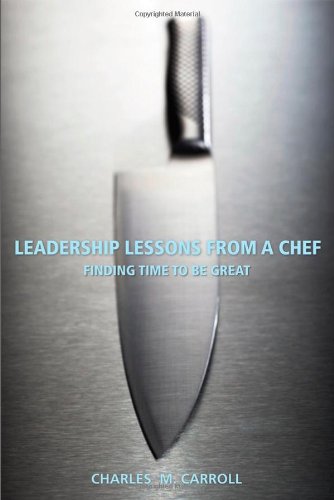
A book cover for Leadership Lessons From a Chef: Finding Time to Be Great; Charles Carroll; Cookbooks, Food & Wine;